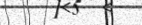
١٠٣